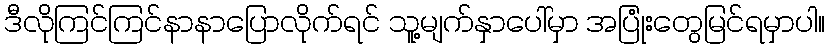
ဒီလိုကြင်ကြင်နာနာပြောလိုက်ရင် သူ့မျက်နှာပေါ်မှာ အပြုံးတွေမြင်ရမှာပါ။